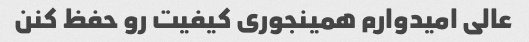
عالی امیدوارم همینجوری کیفیت رو حفظ کنن